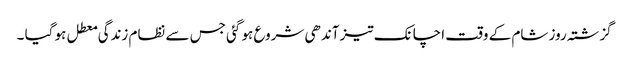
گزشتہ روز شام کے وقت اچانک تیز آندھی شروع ہو گئی جس سے نظام زندگی معطل ہو گیا ۔